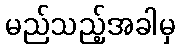
မည်သည့်အခါမှ